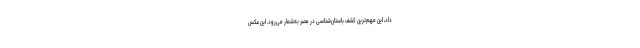
داد، این مهم‌ترین کشف باستان‌شناسی در مصر به‌شمار می‌رود. این عکس